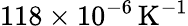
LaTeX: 118\times 10^{-6}\, \mathrm{K}^{-1}